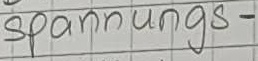
Text: Brücken-